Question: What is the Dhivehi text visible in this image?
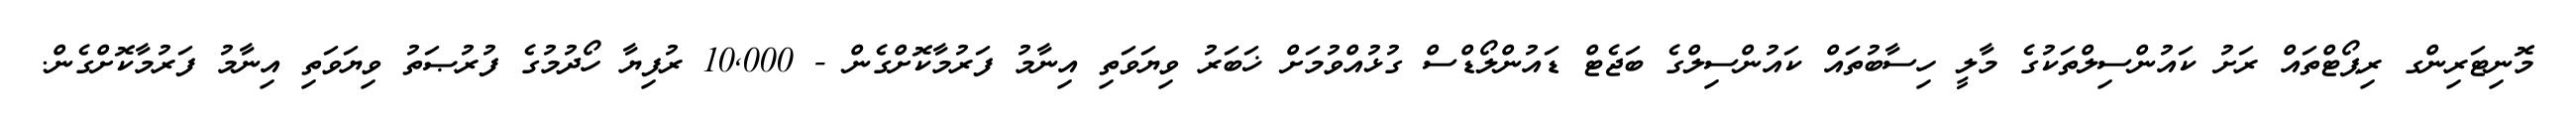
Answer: މޮނިޓަރިންގ ރިޕޯޓްތައް ރަށު ކައުންސިލްތަކުގެ މާލީ ހިސާބުތައް ކައުންސިލްގެ ބަޖެޓް ޑައުންލޯޑްސް ގުޅުއްވުމަށް ޚަބަރު ވިޔަވަތި އިނާމު ފަރުމާކޮށްގެން - 10,000 ރުފިޔާ ހޯދުމުގެ ފުރުޞަތު ވިޔަވަތި އިނާމު ފަރުމާކޮށްގެން.